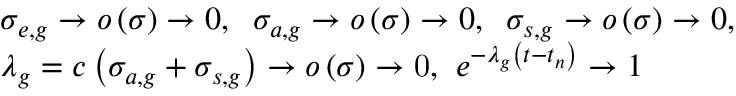
\begin{array} { l } { { \sigma _ { e , g } \to o \left( \sigma \right) \to 0 , \; \; \sigma _ { a , g } \to o \left( \sigma \right) \to 0 , \; \; \sigma _ { s , g } \to o \left( \sigma \right) \to 0 , } } \\ { { \lambda _ { g } = c \left( \sigma _ { a , g } + \sigma _ { s , g } \right) \to o \left( \sigma \right) \to \mathrm { 0 , } \; \; e ^ { - \lambda _ { g } \left( t - t _ { n } \right) } \to 1 } } \end{array}